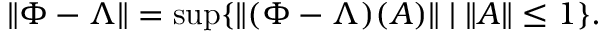
\| \Phi - \Lambda \| = \operatorname* { s u p } \{ \| ( \Phi - \Lambda ) ( A ) \| \; | \; \| A \| \leq 1 \} .